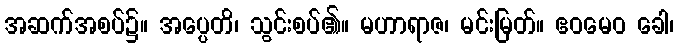
အဆက်အစပ်၌။ အပ္ပေတိ၊ သွင်းစပ်၏။ မဟာရာဇ၊ မင်းမြတ်။ ဧဝမေဝ ခေါ၊